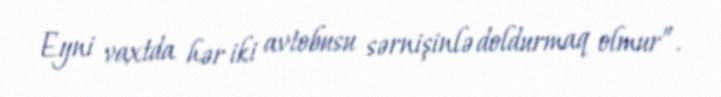
Eyni vaxtda hər iki avtobusu sərnişinlə doldurmaq olmur”.